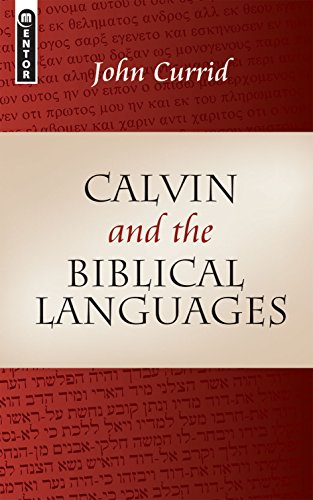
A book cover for Calvin and the Biblical Languages; John D. Currid; Christian Books & Bibles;